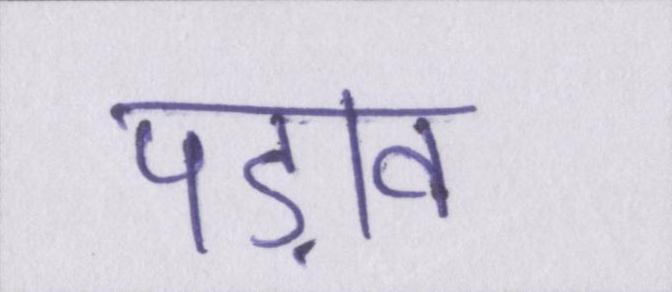
पड़ाव